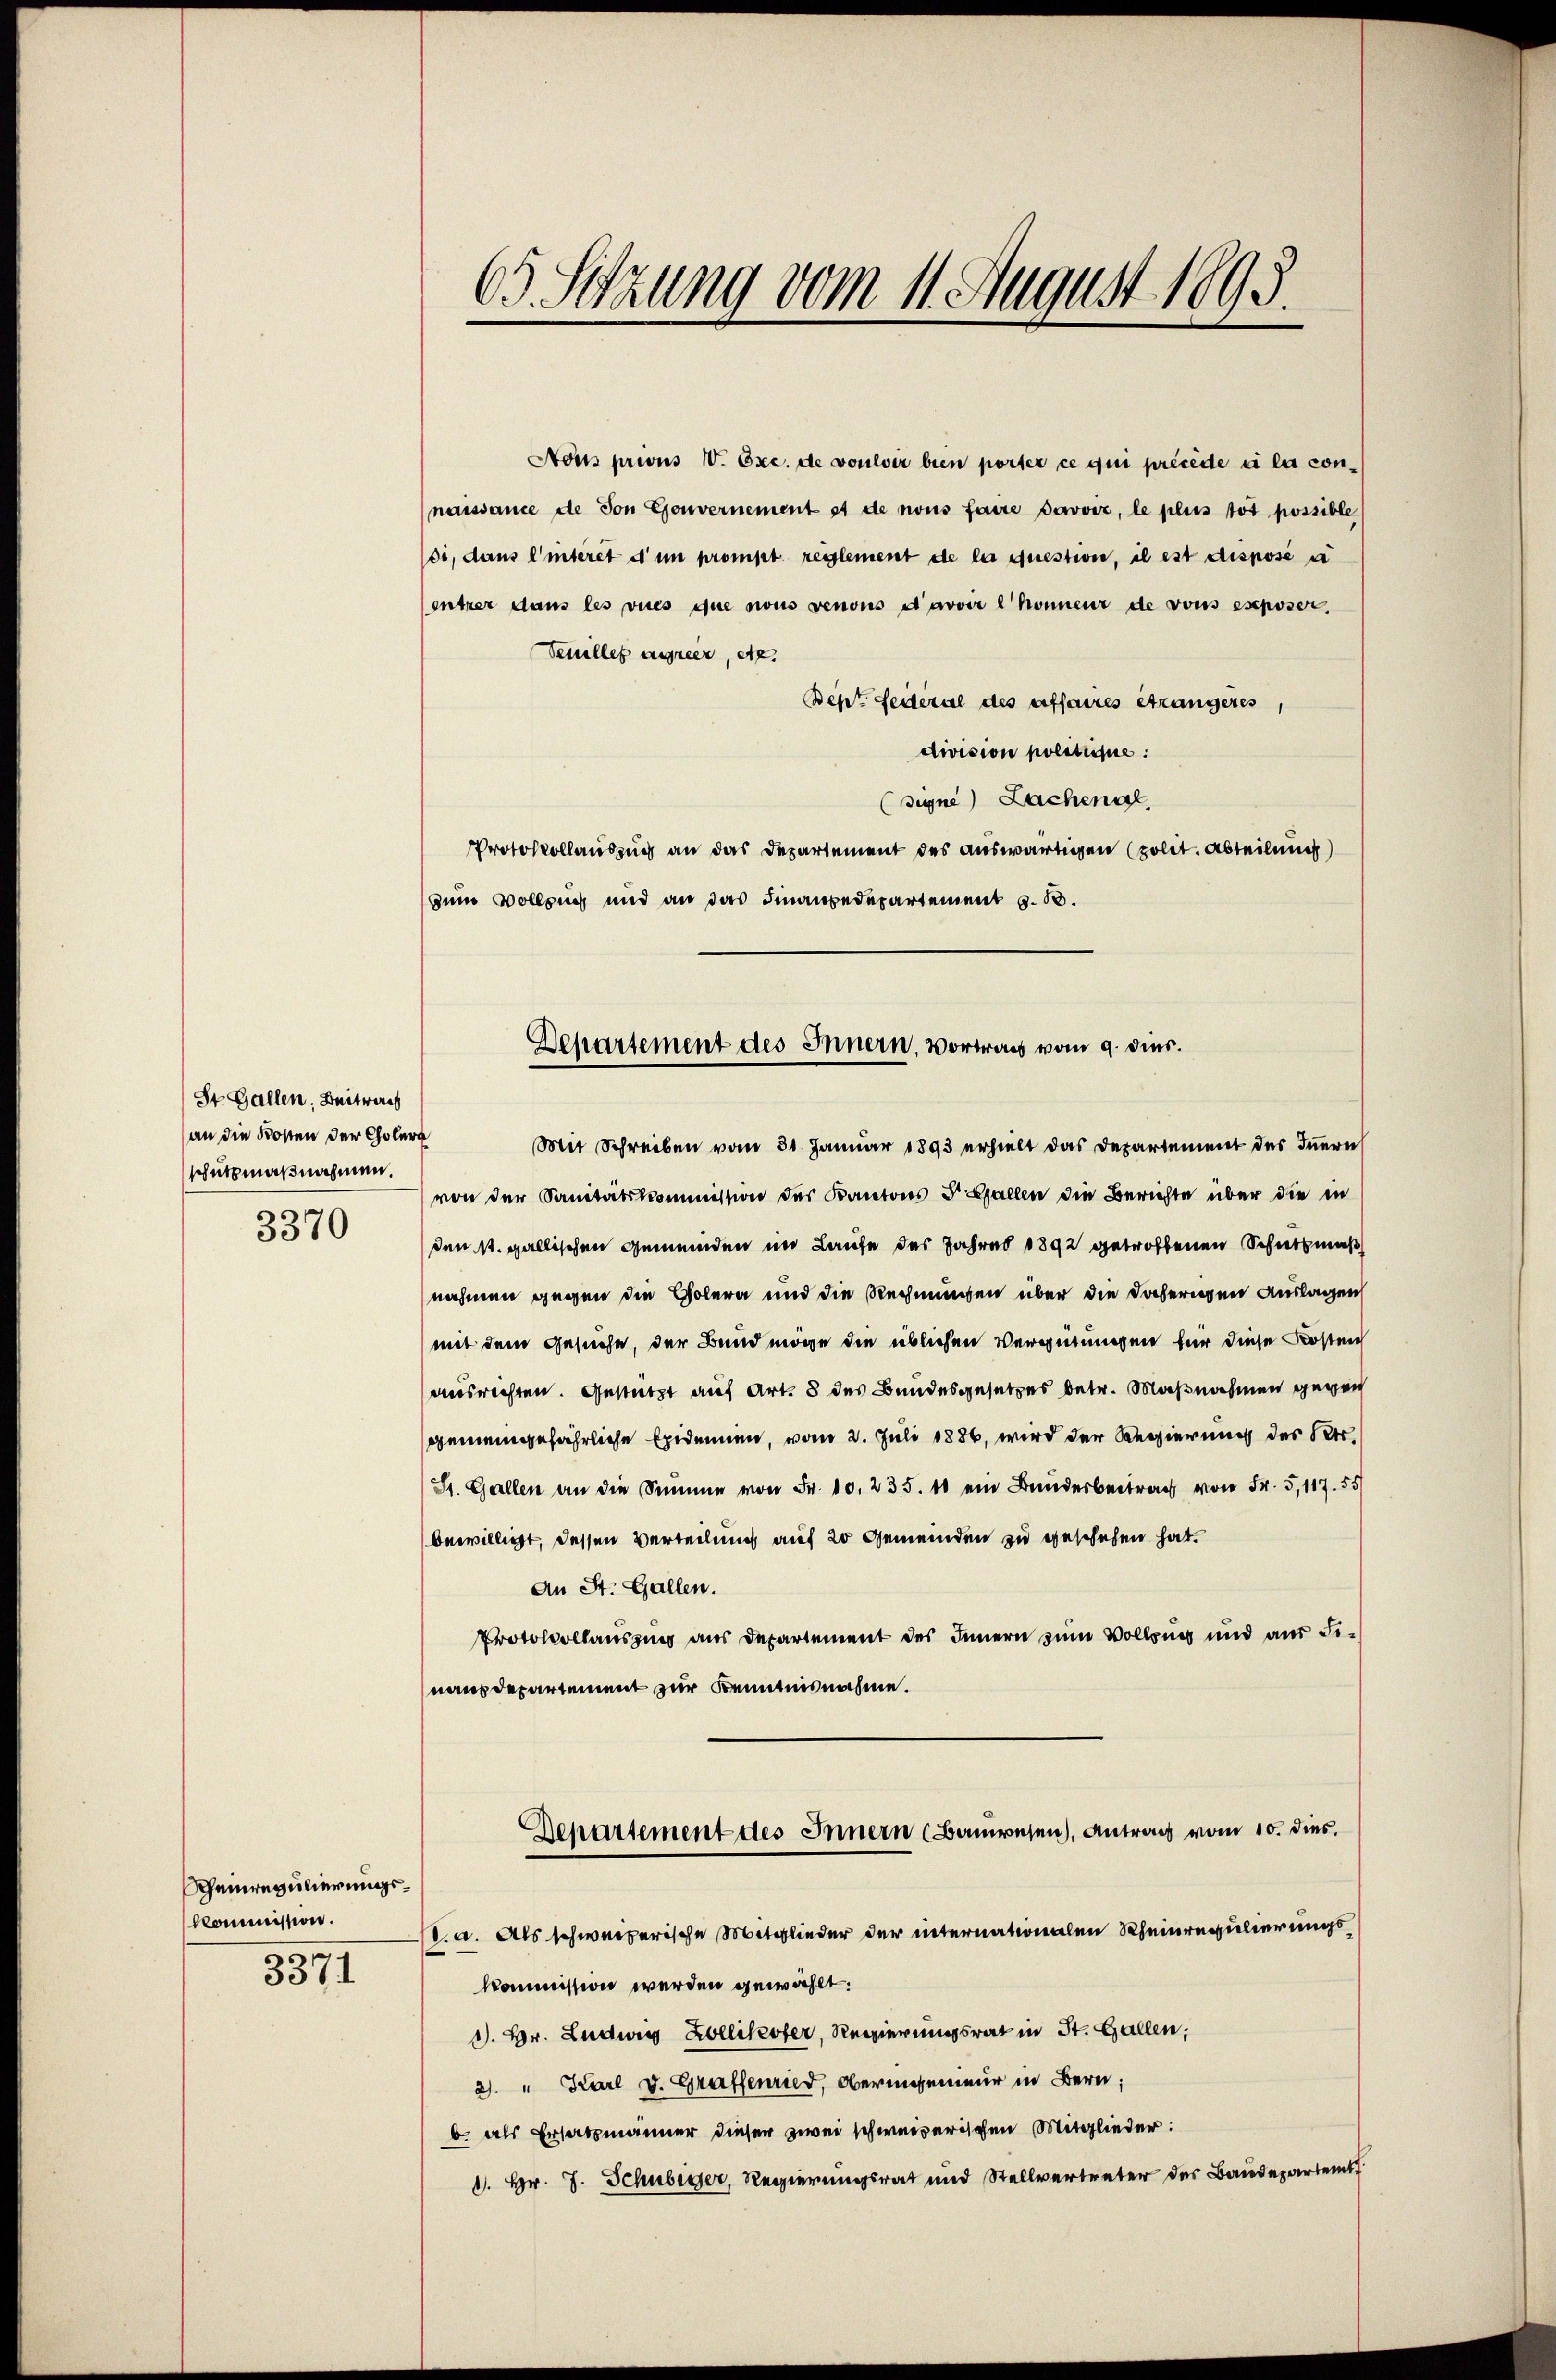
St. Gallen, Beitwer
an die Kosten der Choler
schutzmaßnahmen.

3370

Rheinregulierungskommission.
3371

Nous prions W. Exc. de voulver bien porter ce qui précéde ei la con-
naissance de von Gouvernement st de nous faire davviz, le plus tot possible
di, dans l’interet d’un prompt reglement de la questiver, il est disposé in
entrer dans les vues que nous renons d’avoir könnenz de vons exposer,
Venilles ausner, etc.
Benz Seiteral des affaires Strangères
division politisie
(signe Lachenal
Protokollauszug an das Departement des auswärtigen (polit. Abteilung
zum Vollzug und an das Finanzedepartement z. B.
Mit Schreiben vom 31. Januar 1893 erhielt das Departement des Innern
von der Sanitätskommission des Kantons S. Gallen die Berichte über die in
den 11. gallischen Gemeinden im Laufe des Jahres 1892 getroffenen Schiethmaß
nahmen gegen die Golera und die Rechnungen über die daherigen Auslagen
mit dem Gesuche, der Bund möge die üblichen Vergütungen für diese Kosten
ausrichten. Gestützt auf Art. 8 des Bundesgesetzes betr. Maßnahmen gegen
gemeingefährliche Epidemien, vom 2. Juli 1886, wird der Regierung des Str.
St. Gallen an die Summe von Fr. 10. 235. 10 ein Bundesbeitrag von Fr. 5,117. 55
bewilligt, dessen Verteilung auf 20 Gemeinden zu geschehen hat.
An St. Gallen.
Protokollauszing aus Departement des Innern zum Vollzug und aus Finaus departement zur Kenntnisnahme.
Departement des Innern (Bauwesen), Antrag vom 10. dies
v. a. Als schweizerische Mitglieder der internationalen Rheinregulierungskommission werden gewählt.
J. Br. Ludwig Kollikofer, Regierungsrat in St. Gallen,
2. " Karl v. Graffenried, Oberingenieur in Bern;
b. als Ersatzmänner dieser zwei schweizerischen Mitglieder:
1. Hr. J. Schubiger, Regierungsrat und Stellvertreter des Baudepartemt

65 Sitzung vom 11. August 1895.

Departement des Innern, Vortrag vom 9. ds.